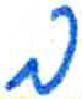
אות: ב